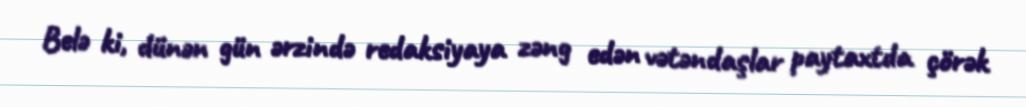
Belə ki, dünən gün ərzində redaksiyaya zəng edən vətəndaşlar paytaxtda çörək